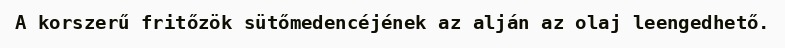
A korszerű fritőzök sütőmedencéjének az alján az olaj leengedhető.